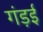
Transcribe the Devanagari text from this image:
गंड़ई